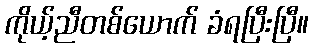
ကိုယ့်ညီတစ်ယောက် ခံရပြီးပြီ။